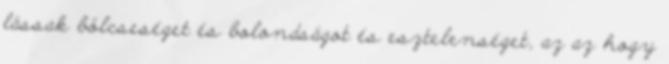
lássak bölcseséget és bolondságot és esztelenséget, az az hogy